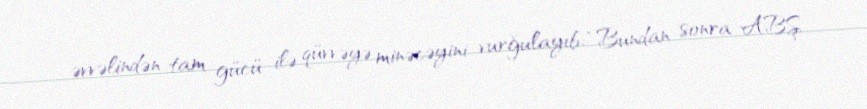
əvvəlindən tam gücü ilə qüvvəyə minəcəyini vurğulayıb: “Bundan sonra ABŞ